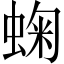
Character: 䗇